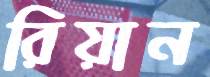
রিয়ান